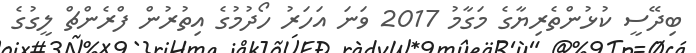
ބިދޭސީ ކުޅުންތެރިޔާގެ މަގާމު 2017 ވަނަ އަހަރު ހޯދުމުގެ އިތުރުން ފްރެންޗް ލީގުގެ